King Institute of Preventive Medicine Bacteriolog. Section reports 1907-08
Year: 1907
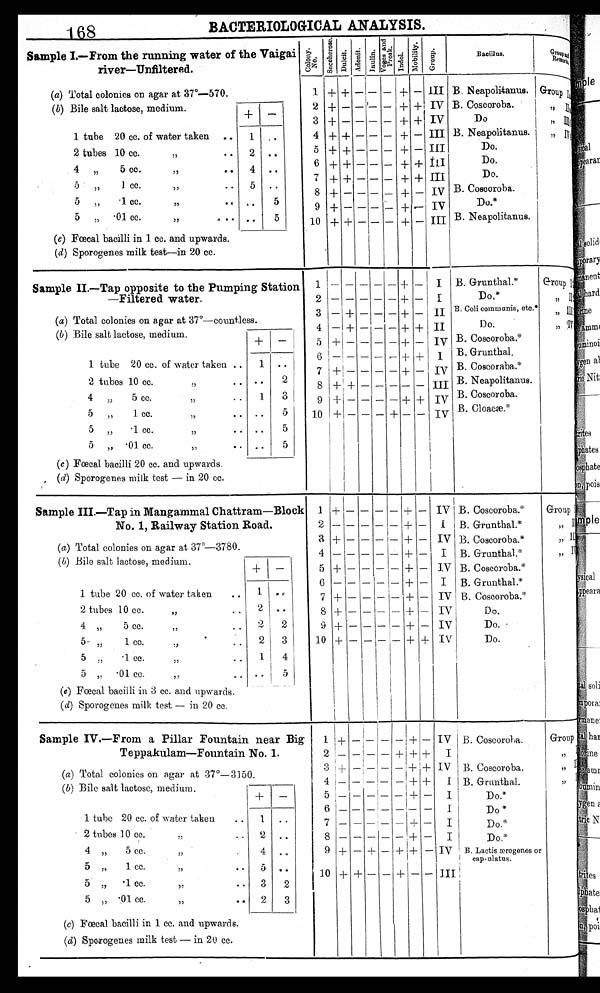
8
BACTERIOLOGICAL ANALYSIS.
.
Sample I.—From the running water of the Vaigai
river—Unfiltered.
(a) Total colonies on agar at 37°-570.
(b) Bile salt lactose, medium.
__
1 tube 20 cc. of water taken
..
1
2 tubes 10 cc.
,,
..
2 ..
4 „
5 cc.
,,
• •
4 ..
„
1 cc.
..
5 ..
5
•1 cc.
. „ .
5
5 „ • 01 cc.
,,
• •
• •
5
(c) Faecal bacilli in 1 cc. and upwards.
(d) Sporogenes milk test—in 20 cc.
C o l o n y . N o .
saccher ose
Dul ci t
Adonit
Inulin
V o g e s a n d P r o s k .
– I n d o l .
Mobility
G r o u p .
Bacillus.
G r o u p a n d R e m a r k
III
IV
IV
III
I I I
III
III
IV
IV
III
1
2
3
4
5
6
7
8
10
—
+
+
—
—
+
+
_
__
—
B. Neapolitanus.
B. Coscoroba.
Do
B. Neapolitan-us.
Do.
Do.
Do.
B. Coscoroba.
Do.*
B. Neapolitanus.
+
+
+
+
+
+
+
+
+
+
—
-
+
+
+
+
—
__
+
4—
——
--
——
— ►
—
__
——
—
—
_
—
—
—
—
—
—
—
—
_
—
+
+
+
+
+
+
+
+
+
+
Group I, , I I
, , I I I
, , I V
Sample II.—Tap opposite to the Pumping Station
—Filtered water.
(a) Total colonies on agar at 37°—countless.
(b) Bile salt lactose, medium.
--I-
1
1 tube 20 cc. of water taken •
• ••
2 tubes 10 cc.
,,
• • • •
4 ,,
5 cc.
,, ..
1
3
.1
„
5 „
1 cc. • • • •
5 „
.1 cc.
,,
• • • •
5
5 „ .01 cc.
• . I• •
5
(c) Faecal bacilli 20 cc. and upwards.
(d) Sporogenes milk test — :in 20 cc.
3
4
5
6
7
8
9
• 10
2
—
—
+
__
+
+
+
+
+
+
__
__
+
___
—
—
—
__
—
—
—
___.
_
—
__
—
—
____
—
_
_
_
___
+
+
+
+
+
4_
+
+
+
—
—
—
—
+
___
+
_
+
—
I
I
II
I I
IV
III
I V
IV
B. Grunthal.*
D o . *
B. Coli communis, etc.*
Do.
B. Coscoroba.*
B.Grunthal.
B. Coscoroba.*
B. Neapolitanus.
B. Coscoroba.
B. Cl oacæ*
Group I
, , I I
, , I I I
, , I V
Sample III.—Tap in Mangammal Chattram—Block
No. 1, Railway Station Road.
(a) Total colonies on agar at 37°—3780
(b) Bile salt lactose, medium.
+ I—
1 tube 20 cc. of water taken
..
1
2 tubes 10 cc.2 ..
,,
.
.
4 „
5 cc.
,,
. . 2 I 2 I
5
2 3
,,
cc.
1
..
5
. 1 cc.
5 ,, .. 1 4
5 „ • 01 cc... ..
5
,,
(e) Faecal bacilli in 3 cc. and -upwards,
(d) Sporogenes milk test — in 20 cc.
1
2
3
4
5
6
7
8
9
10
+ —
+ I
——
+ I—
I
+
+
+
+
—
—
-
—
—
—
—
—
—
—
-
—
—
—
I
— i
—
—
j
— j
-
—
—
—
—
—
-
+
+
+
+
+
+
+
+
+
+
—
—
—
—
—
—
—
-
—
+
IV
I
IV
I
IV
I
IV
IV
IV
IV
B. Coscoroba.*
B. Grunthal.*
B. Coscoroba.*
B.Grunthal.*
B. Coscoroba.*
B.Grunthal.*
B. Coscoroba.
*
Do.
Do.
Do.
Group
„ II
I I
,,
Sample IV.—From a Pillar Fountain near Big
Teppakulam—Fountain No. 1.
(a) Total colonies on agar at 37°-3150.
(b) Bile salt lactose, medium.
+ —
1 tube 20 cc. of water taken
.. 1 . .
2 tubes 10 cc...
..
4 „
5 c c . , ,
:'
4
5 „
1 cc. ,,
5 ..
5 „ • 1 cc.
,,
.. 3
2
5 „ • 01 cc.
.. 2
3
(c) Fœcal bacilli in 1 cc. and upwards.
(d) Sporogenes milk test — in 20 cc.
1
2
3
4
6
8
9
10
5
7
+
—
+
+
+
—I—
I
-
—
—
+
--
_
+
—
-
—
—
—
+ I
—+
--
—
+
+
+
+
+
+
+
-
+
+
+
—
—
+
+
+
—
—
—
—
IV
I
IV
I
I
I
I
IV
III
-
B. Coscoroba.
B. Coscoroba.
B. Grunthal.
Do.*
D o . *
Do.*
,
Do.*
B.Lactis ærogenes or capsulatus.
Group I , , I I
, , I I I
,, IV